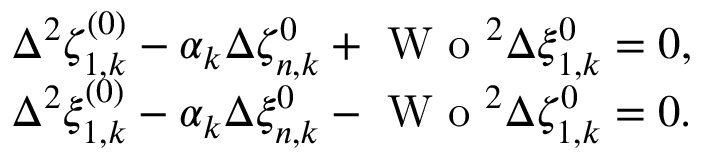
\begin{array} { r l } & { \Delta ^ { 2 } \zeta _ { 1 , k } ^ { ( 0 ) } - \alpha _ { k } \Delta \zeta _ { n , k } ^ { 0 } + \textrm { W o } ^ { 2 } \Delta \xi _ { 1 , k } ^ { 0 } = 0 , } \\ & { \Delta ^ { 2 } \xi _ { 1 , k } ^ { ( 0 ) } - \alpha _ { k } \Delta \xi _ { n , k } ^ { 0 } - \textrm { W o } ^ { 2 } \Delta \zeta _ { 1 , k } ^ { 0 } = 0 . } \end{array}